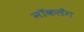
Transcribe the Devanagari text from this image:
नॉकलँग